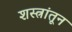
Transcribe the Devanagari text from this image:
शस्त्रांतून